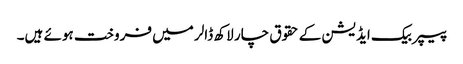
پیپر بیک ایڈیشن کے حقوق چار لاکھ ڈالر میں فروخت ہوئے ہیں۔